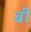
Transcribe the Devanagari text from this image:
बी़